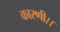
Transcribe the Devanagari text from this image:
कारणी।।